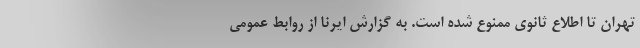
تهران تا اطلاع ثانوی ممنوع شده است. به گزارش ایرنا از روابط عمومی